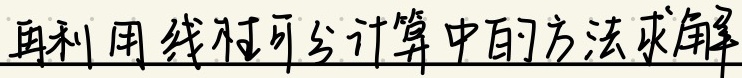
再利用线性可分计算中的方法求解